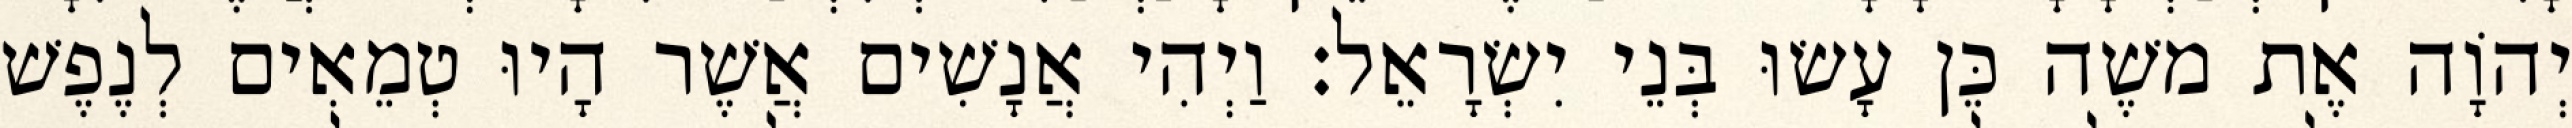
יְהוָֹה אֶת משֶׁה כֵּן עָשׂוּ בְּנֵי יִשְׂרָאֵל׃ וַיְהִי אֲנָשִׁים אֲשֶׁר הָיוּ טְמֵאִים לְנֶפֶשׁ